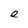
Character: e